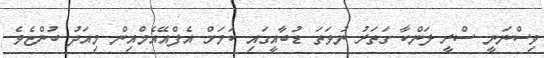
ވިސްނަނީ ސްރީ ލަންކާ ގަތަރު ނުވަތަ ޑުބާއީގައި ކަމަށް އެފްއޭއެމްއިން މިއަދު ބުންޏެވެ.